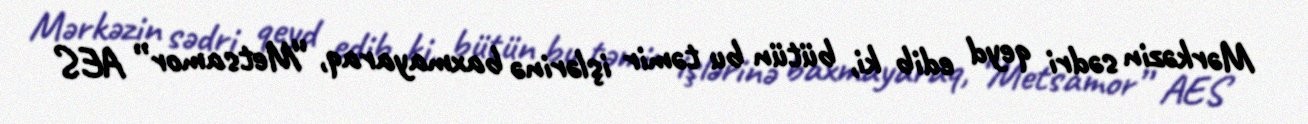
Mərkəzin sədri qeyd edib ki, bütün bu təmir işlərinə baxmayaraq, “Metsamor” AES